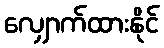
လျှောက်ထားနိုင်